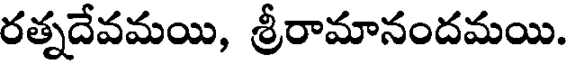
రత్నదేవమయి, శ్రీరామానందమయి.